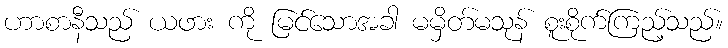
ဟာစာနီသည် ယဖား ကို မြင်သောအခါ မမှိတ်မသုန် စူးစိုက်ကြည့်သည်။